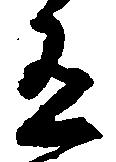
有